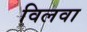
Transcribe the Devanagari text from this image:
विलवा